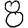
Digit: 8